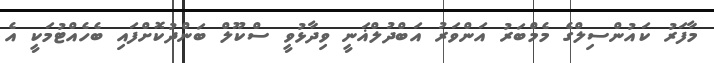
މާފަރު ކައުންސިލްގެ މެމްބަރު އަންވަރު އަބްދުލްޣަނީ ވިދާޅުވީ ސްކޫލް ބަންދުކޮށްފައި ބެހެއްޓުމަކީ އެ